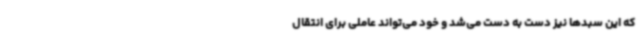
که این سبدها نیز دست به دست می‌شد و خود می‌تواند عاملی برای انتقال